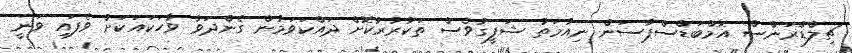
ޗިލްޑްރަންސް އޮމްބަޑްސްޕާސަން ނިއުމަތު ޝަފީގުވެސް ތަކުރާރުކޮށް ދައްކަވަމުން ގެންދަވާ ވާހަކައަކަށް ވެފައި ވަނީ